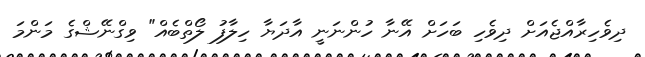
ދިވެހިރާއްޖެއަށް ދިވެހި ބަހަށް އޭނާ ހުންނަނީ އާދަޔާ ހިލާފު ލޯތްބެއް" ވިގްނޭޝްގެ މަންމަ